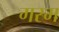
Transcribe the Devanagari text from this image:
गरम